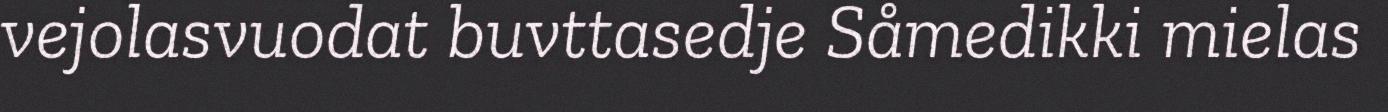
vejolasvuodat buvttasedje Såmedikki mielas